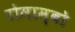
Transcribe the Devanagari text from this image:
रोमाम्बो